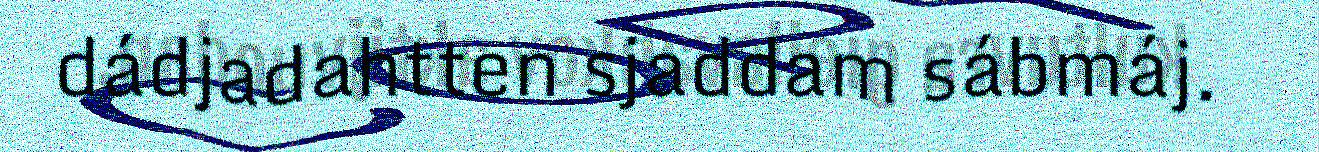
dádjadahtten sjaddam sábmáj.